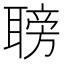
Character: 𦗍